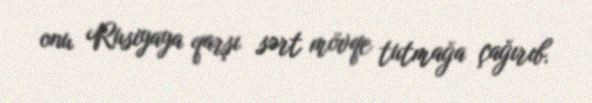
onu Rusiyaya qarşı sərt mövqe tutmağa çağırıb.